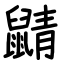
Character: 鼱